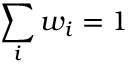
\sum _ { i } w _ { i } = 1